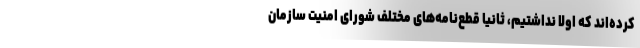
کرده‌اند که اولا نداشتیم، ثانیا قطع‌نامه‌های مختلف شورای امنیت سازمان